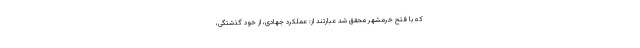
که با فتح خرمشهر محقق شد عبارتند از: عملکرد جهادی، از خود گذشتگی،